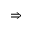
\Rightarrow